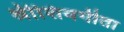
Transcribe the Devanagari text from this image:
श्रीशिवगीता